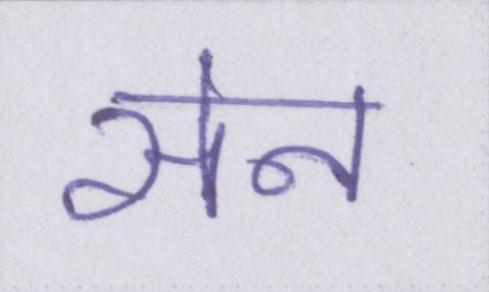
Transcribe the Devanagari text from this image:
सेन